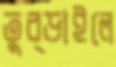
তুব্‌ড়াইলে